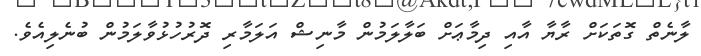
ލާނެތް ގޮތަކަށް ރާޔާ އާއި ދިމާޢަށް ބަލާލަމުން މާނިޝް އަލަމާރި ދޮރުހުޅުވާލަމުން ބުނެލިއެވެ.